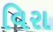
વિરા